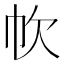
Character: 𢁧